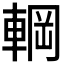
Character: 𮝚